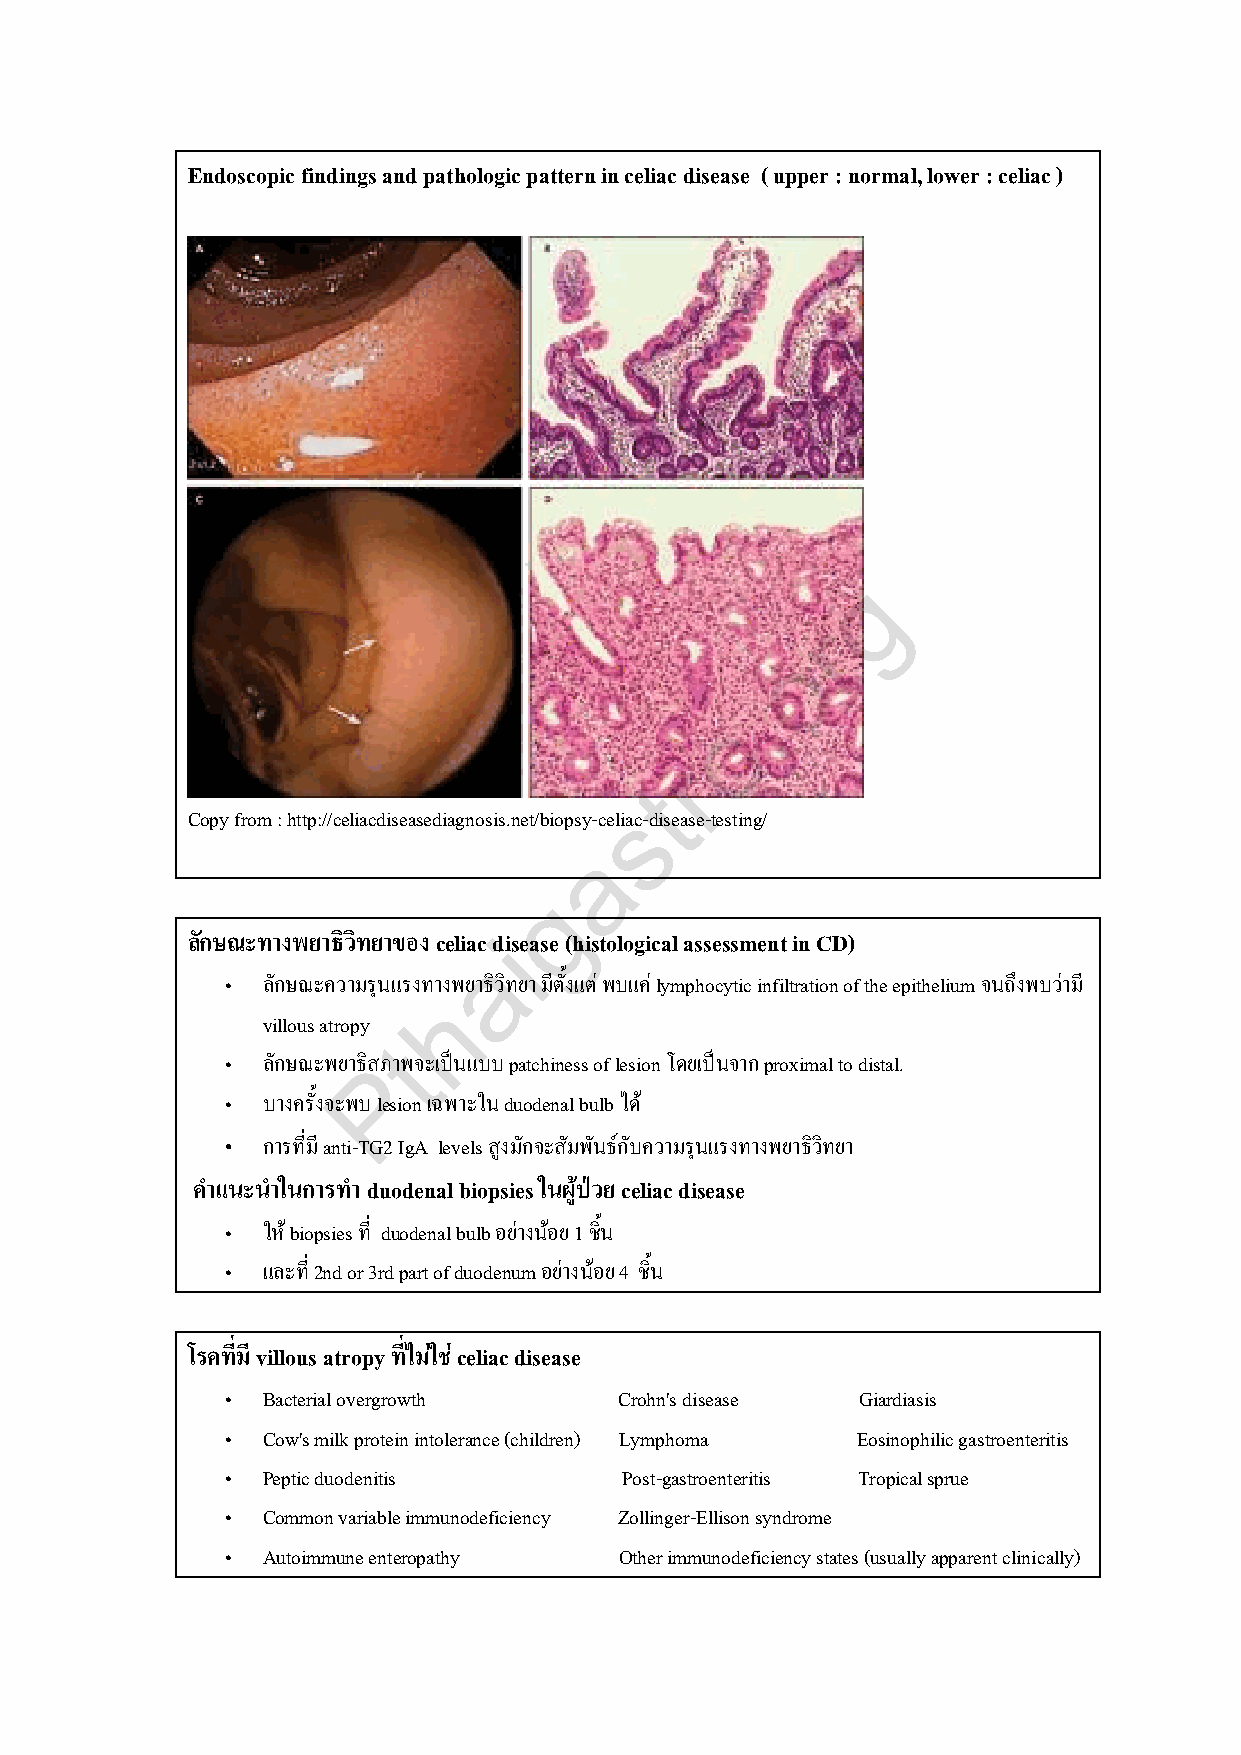
Endoscopic findings and pathologic pattern in celiac disease ( upper : normal, lower : celiac )
 g
 r
 o
 .
 o
 r
 t
 Copy from : http://celiacdiseasediagnosis.net/biopsy-celisac-disease-testing/
 a
 g
 ลักษณะทางพยาธิวิทยาของ celiac idisease (histological assessment in CD)
 a
 „ ลักษณะความรุนแรงทางพยาธิวิทยา มีตั้งแต่ พบแค่ lymphocytic infiltration of the epithelium จนถึงพบว่ามี
 h
 villous atropy
 t
 „ ลักษณะพยาธPิสภาพจะเป็นแบบ patchiness of lesion โดยเป็นจาก proximal to distal.
 „ บางครั้งจะพบ lesion เฉพาะใน duodenal bulb ได ้
 „ การที่มี anti-TG2 IgA levels สูงมักจะสัมพันธ์กับความรุนแรงทางพยาธิวิทยา
 ค าแนะน าในการท า duodenal biopsies ในผู้ป่วย celiac disease
 „ ให้ biopsies ที่ duodenal bulb อย่างน้อย 1 ชนิ้
 „ และที่ 2nd or 3rd part of duodenum อย่างน้อย 4 ชิ้น
 โรคที่มี villous atropy ที่ไม่ใช่ celiac disease
 „ Bacterial overgrowth    Crohn's disease Giardiasis
 „ Cow's milk protein intolerance (children) Lymphoma Eosinophilic gastroenteritis
 „ Peptic duodenitis       Post-gastroenteritis Tropical sprue
 „ Common variable immunodeficiency Zollinger-Ellison syndrome
 „ Autoimmune enteropathy  Other immunodeficiency states (usually apparent clinically)